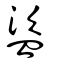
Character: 盜